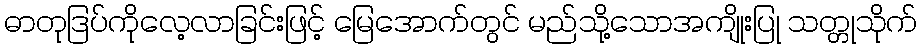
ဓာတုဒြပ်ကိုလေ့လာခြင်းဖြင့် မြေအောက်တွင် မည်သို့သောအကျိုးပြု သတ္တုသိုက်